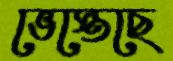
ভেস্তেছে